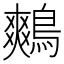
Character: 鷞